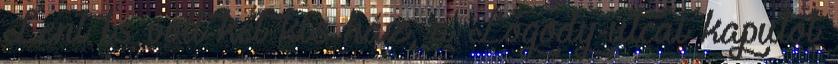
Lent is volt két kis ház, a Lógody-utcai kaputól